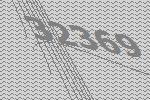
32369